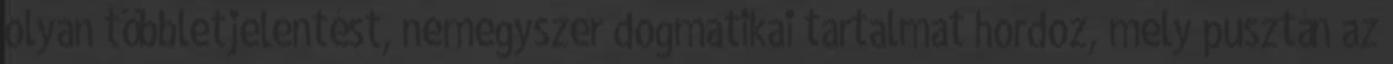
olyan többletjelentést, nemegyszer dogmatikai tartalmat hordoz, mely pusztán az